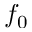
f _ { 0 }